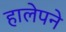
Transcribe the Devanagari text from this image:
हालेपने